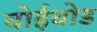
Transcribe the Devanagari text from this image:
वोईवोड